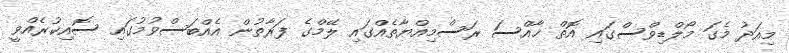
މިއަދު މެގަ މޯލްޑިވްސްގައި އޮތް ޚާއްސަ ރަސްމިއްޔާތެއްގައި ލޭމްގެ ފަރާތުން އެއްބަސްވުމުގައި ސޮއިކުރެއްވީ